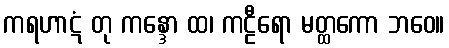
ကရဟာဋံ တု ကန္ဒော ထ၊ ကဠီရော မတ္ထကော ဘဝေ။